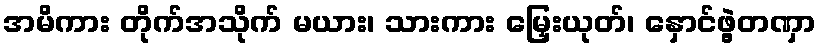
အမိကား တိုက်အသိုက် မယား၊ သားကား မြှေးယုတ်၊ နှောင်ဖွဲ့တဏှာ